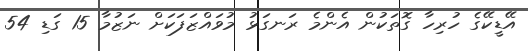
އޭޑީކޭގެ ހުރިހާ ގޮތަކުން އެންމެ ރަނގަޅު މުވައްޒަފަކަށް ނަޒުމާ 15 ގަޑި 54